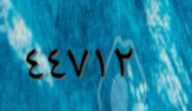
٤٤٧١٢